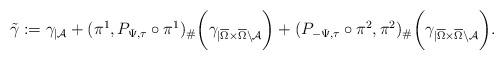
LaTeX: \begin{align*}\tilde{\gamma}:=\gamma_{|\mathcal{A}}+(\pi^{1},P_{\Psi,\tau}\circ\pi^{1})_{\#}\bigg(\gamma_{|\overline{\Omega}\times\overline{\Omega}\backslash\mathcal{A}}\bigg)+(P_{-\Psi,\tau}\circ\pi^{2},\pi^{2})_{\#}\bigg(\gamma_{|\overline{\Omega}\times\overline{\Omega}\backslash\mathcal{A}}\bigg).\end{align*}